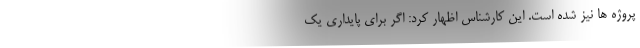
پروژه ها نیز شده است. این کارشناس اظهار کرد: اگر برای پایداری یک